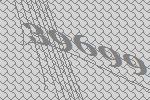
39699